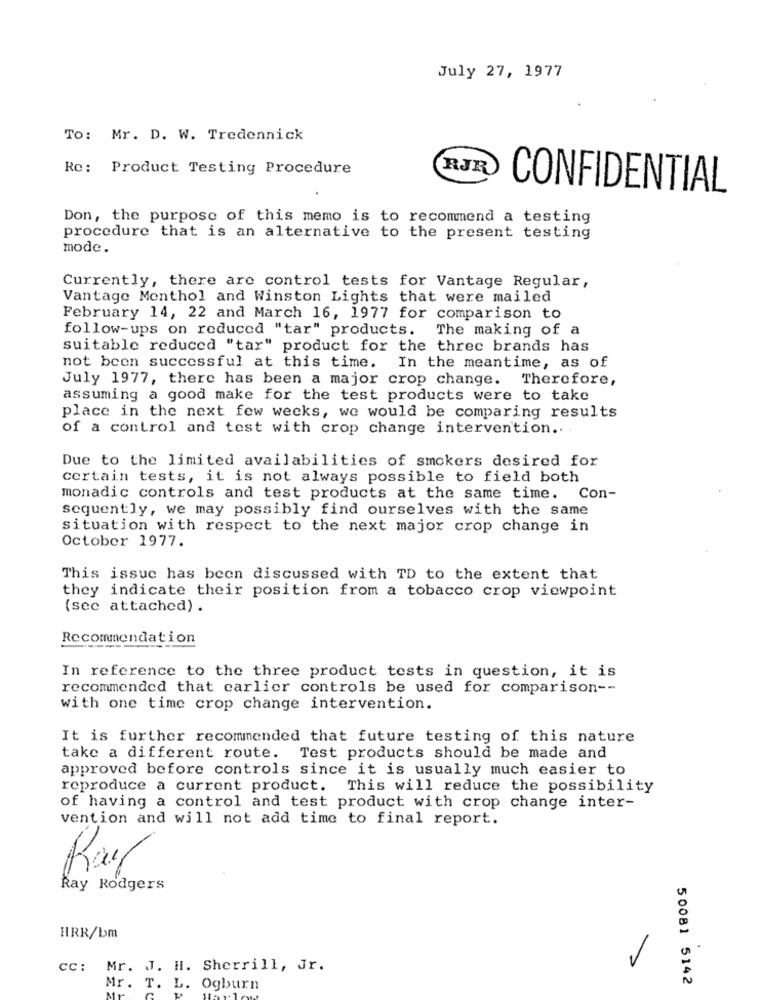
July 27, 1977
To: Mr. D. W. Tredennick
Re: Product Testing Procedure
RJR
CONFIDENTIAL
Don, the purpose of this memo is to recommend a testing
procedure that is an alternative to the present testing
mode.
Currently, there are control tests for Vantage Regular,
Vantage Menthol and Winston Lights that were mailed
February 14, 22 and March 16, 1977 for comparison to
follow-ups on reduced "tar" products. The making of a
suitable reduced "tar" product for the three brands has
not been successful at this time. In the meantime, as of
July 1977, there has been a major crop change. Therefore,
assuming a good make for the test products were to take
place in the next few weeks, we would be comparing results
of a control and test with crop change intervention .. .
Due to the limited availabilities of smokers desired for
certain tests, it is not always possible to field both
monadic controls and test products at the same time. Con-
sequently, we may possibly find ourselves with the same
situation with respect to the next major crop change in
October 1977.
This issuc has been discussed with TD to the extent that
they indicate their position from a tobacco crop viewpoint
(see attached) .
Recommendation
In reference to the three product tests in question, it is
recommended that carlier controls be used for comparison --
with one time crop change intervention.
It is further recommended that future testing of this nature
take a different route. Test products should be made and
approved before controls since it is usually much easier to
reproduce a current product. This will reduce the possibility
of having a control and test product with crop change inter-
vention and will not add time to final report.
Ray Rodgers
HRR/bm
cc: Mr. J. H. Sherrill, Jr.
50081 5142
Mr. T. L. Ogburn